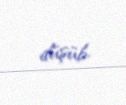
düşüb.